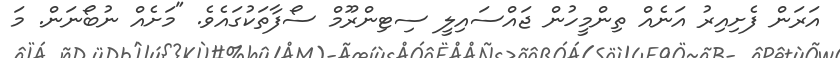
އަރަން ފެށިއިރު އަނެއް ތިންމީހުން ޖައްސައިލީ ސިޓިންރޫމް ސޯފާތަކުގައެވެ. "މަށެއް ނުބޯނަން. މަ